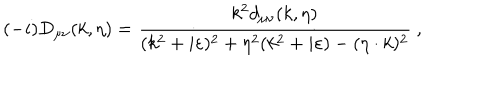
( - i ) D _ { \mu \nu } ( k , \eta ) = { \frac { k ^ { 2 } d _ { \mu \nu } ( k , \eta ) } { ( k ^ { 2 } + i \varepsilon ) ^ { 2 } + \eta ^ { 2 } ( k ^ { 2 } + i \varepsilon ) - ( \eta \cdot k ) ^ { 2 } } } \ ,